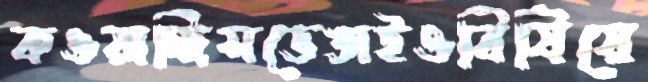
কওয়াচ্ছিসভেঙাইওবিষিয়ে